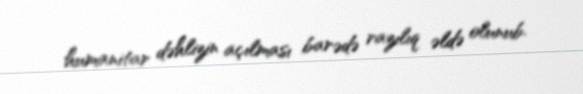
humanitar dəhlizin açılması barədə razılıq əldə olunub.